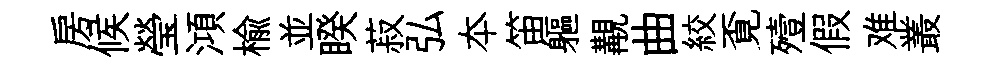
房候瑩澒楡並睽菽弘夲笛軀覯曲絞覔殪假难叢